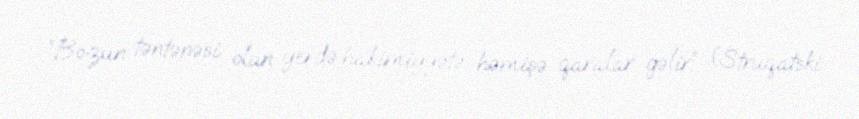
“Bozun təntənəsi olan yerdə hakimiyyətə həmişə qaralar gəlir” (Struqatski